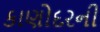
કાણોદરની